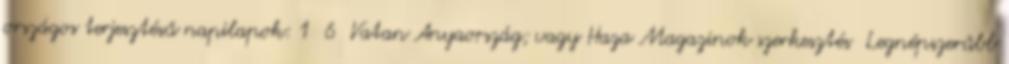
országos terjesztésű napilapok: 1 6 Vatan Anyaország; vagy Haza Magazinok szerkesztés Legnépszerűbb